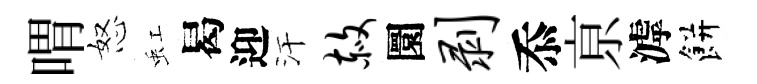
喟怒虹曷迎汗赦圜剥忝亰滹餅